Bréfritari: Jóhannes Guðmundsson
Viðtakandi: Jón Borgfirðings Jónsson
Dagsetning: A-1861-01-16
Skrifað á: Gunnsteinsstöðum  A-Hún.

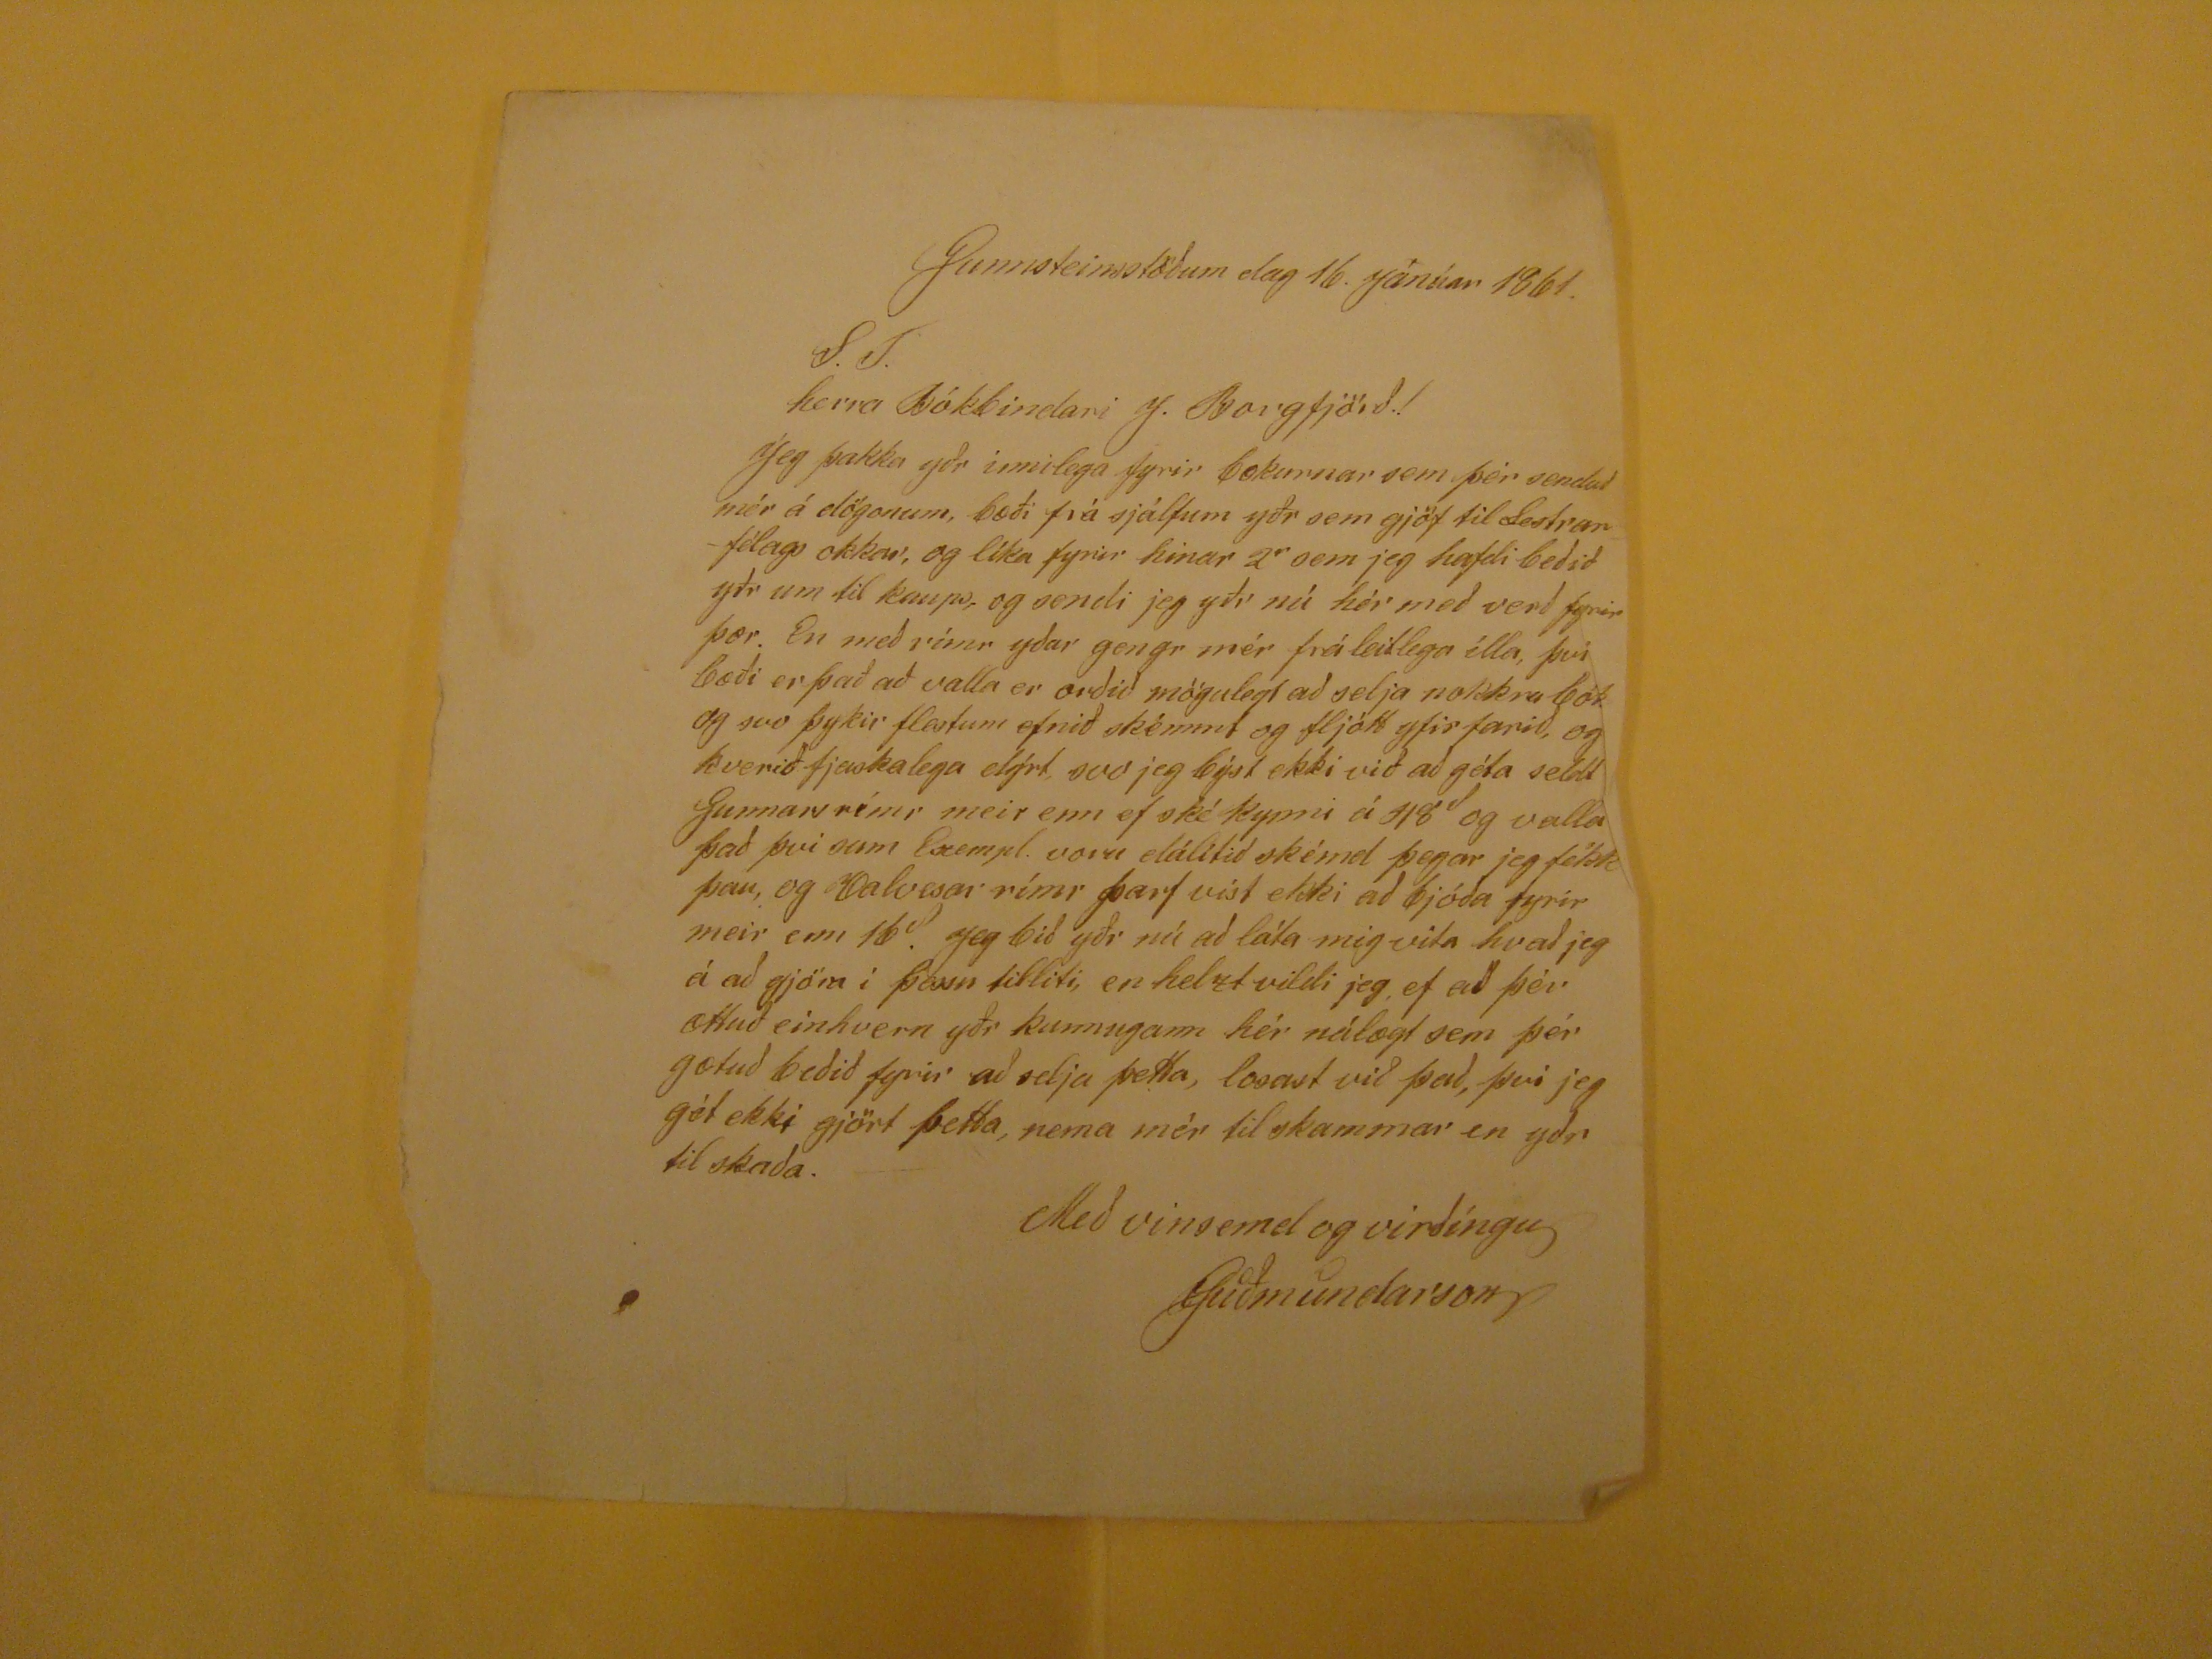

Gunnsteinsstöðum dag 16. Janúar 1861.
S.T.
herra bókbindari J. Borgfjörð!
Jeg þakka yðr innilega fyrir bækurnar sem þér senduð mér á dögonum, bæði frá sjálfum yðr sem gjöf til lestrarfélags okkar, go líka fyrir hinar 2
r
sem jeg hafdi beðið yðr un til kaups, go sendi jeg yðr nú hér með verð fyrir þær. En með rímr yðar gengr mér fráleitlega ílla, því bæði er það að valla er orðið mögulegt að selja nokkra bók og svo þykir flestum efnið skémmt og fljótt yfir farið, og vkerið fjaskalega dýrt, svo jeg búst ekki við að géta seldt Gunnarsrímr meir enn ef ské kynni á
??8
d
og valla það því sam Exempl. voru dálítið skémd þegar jeg fékk þau, og Valvesar rímr þarf víst ekki að bjóða fyrir meir enn 16
?
. Jeg bið yðr nú að láta mig vita hvað jeg á að gjöra í þessu tilliti, en helzt vildi jeg, ef að þér ættuð einvhern yðr kunnugann hér nálægt sem þér gætuð beðið fyrir að selja þetta, losast við það, því jeg gét ekki gjört þetta, nema mér til skammar en yðr til skaða.
Með vinsemd og virðíngu
Guðmundarson